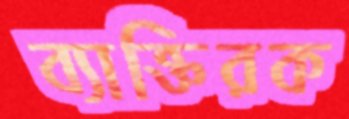
ব্যাক্তিরক